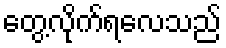
တွေ့လိုက်ရလေသည်